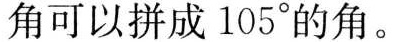
角可以拼成105°的角。